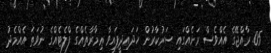
05. ރާއްޖޭގެ އެއްވެސް ރަށެއްގައި ސަރުކާރުން ހަދައިދީފައިވާ ޢިމާރާތެއްގެ ފްލެޓެއްގެ ނުވަތަ އެއްމެދު